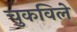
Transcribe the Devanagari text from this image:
चुकविले